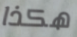
هكذا